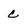
Character: c